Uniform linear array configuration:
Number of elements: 24
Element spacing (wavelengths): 1
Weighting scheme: blackman
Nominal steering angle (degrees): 60
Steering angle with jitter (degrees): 59.635
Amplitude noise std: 0.05
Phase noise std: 0.05

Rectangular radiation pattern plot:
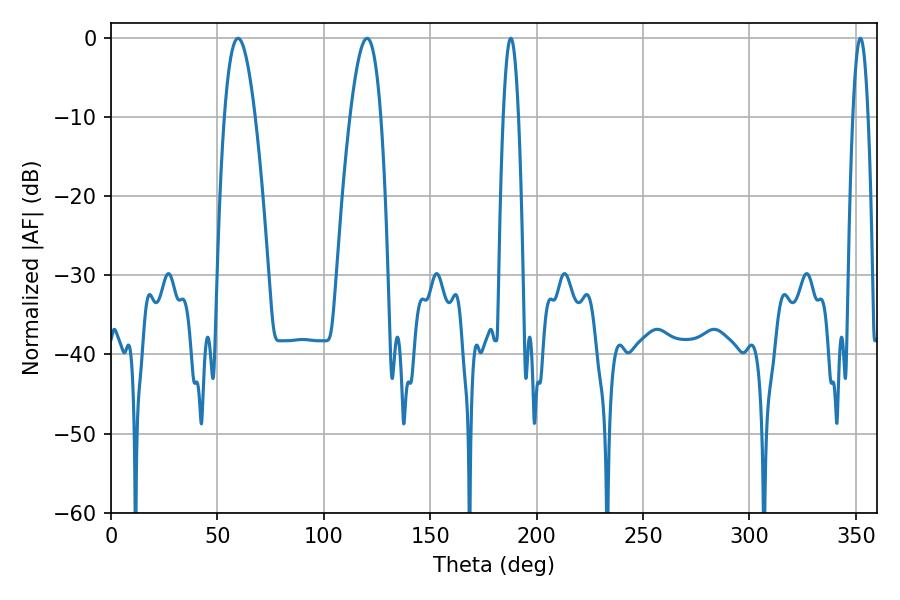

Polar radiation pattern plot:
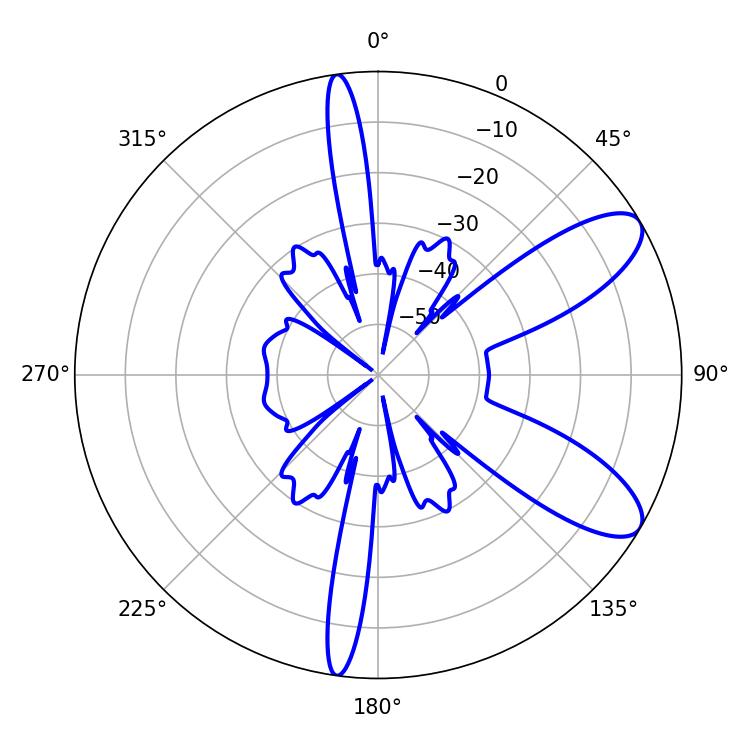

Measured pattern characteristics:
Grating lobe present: TRUE
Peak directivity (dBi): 9.247
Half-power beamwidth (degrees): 7.92
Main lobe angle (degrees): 59.76